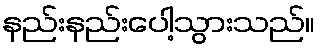
နည်းနည်းပေါ့သွားသည်။